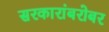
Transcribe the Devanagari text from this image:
सरकारांबरोबर